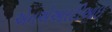
એનએઆરટીઆઇ